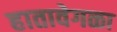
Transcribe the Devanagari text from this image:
हातावेगळा